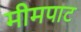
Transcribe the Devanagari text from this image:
मीमपाट